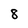
Character: 8